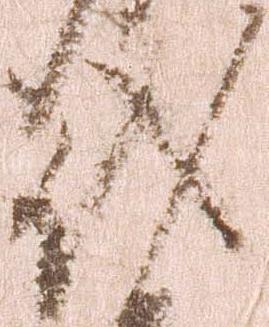
代